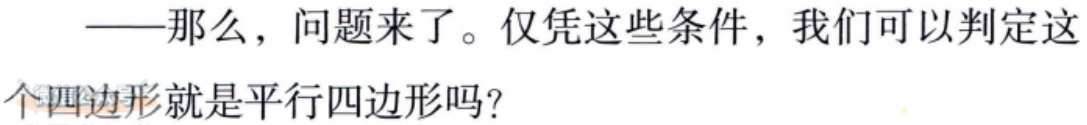
——那么，问题来了。仅凭这些条件，我们可以判定这个四边形就是平行四边形吗？